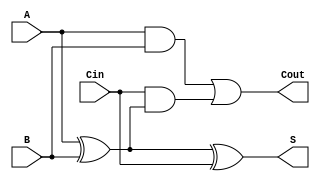
module tree_structured_full_adder (
    input  wire A,      // First input bit
    input  wire B,      // Second input bit
    input  wire Cin,    // Carry-in bit
    output wire S,      // Sum output
    output wire Cout    // Carry-out output
);

// Intermediate signals
wire intermediate_sum1; // A  B
wire intermediate_sum2; // (A  B)  Cin
wire carry1;           // A AND B
wire carry2;           // Cin AND (A  B)

// First level of the tree for sum calculation
assign intermediate_sum1 = A ^ B;       // First XOR: Intermediate Sum1 = A  B
assign intermediate_sum2 = intermediate_sum1 ^ Cin; // Second XOR: S = Intermediate Sum1  Cin

// First level of the tree for carry calculation
assign carry1 = A & B;                   // Carry1 = A AND B
assign carry2 = Cin & intermediate_sum1; // Carry2 = Cin AND (A  B)

// Second level of the tree to combine carries
assign Cout = carry1 | carry2;           // Cout = Carry1 OR Carry2

// Assign final sum output
assign S = intermediate_sum2;            // S = (A  B)  Cin

endmodule